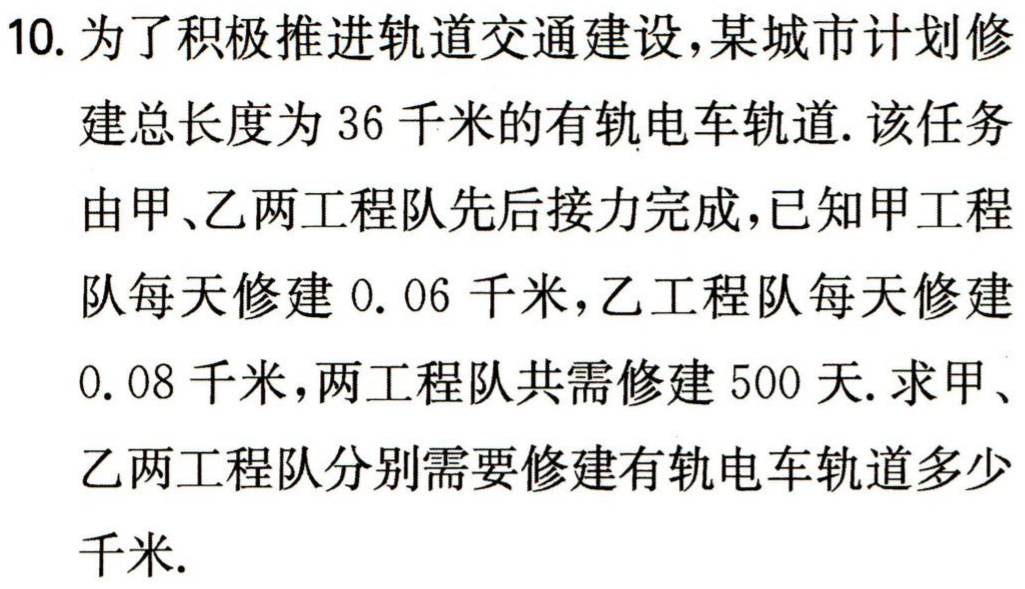
10. 为了积极推进轨道交通建设，某城市计划修建总长度为 36 千米的有轨电车轨道. 该任务由甲、乙两工程队先后接力完成，已知甲工程队每天修建 0. 06 千米，乙工程队每天修建0. 08 千米，两工程队共需修建 500 天. 求甲、乙两工程队分别需要修建有轨电车轨道多少千米.